Vaccination in Bombay 1924-1928 - 1924-1928
Year: 1924
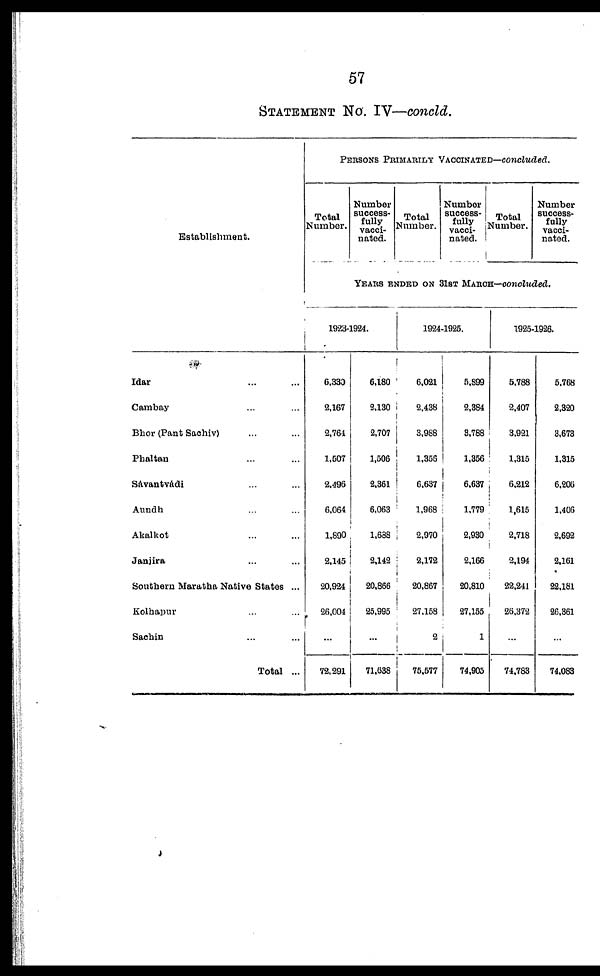
57
STATEMENT No. IV—concld.
Establishment.
Idar ... ...
Cambay ... ...
Bhor (Pant Sachiv) ... ...
Phaltan ... ...
Savantvadi ... ...
Aundh ... ...
Akalkot ... ...
Janjira ... ...
Southern Maratha Native States ...
Kolhapur ... ...
Sachin ... ...
Total ...
PERSONS PRIMARILY VACCINATED—concluded.
Total
Number.
Number
success-
fully
vacci-
nated.
Total
Number.
Number
success-
fully
vacci-
nated.
Total
Number.
Number
success-
fully
vacci-
nated.
YEARS ENDED ON 31ST MARCH—concluded.
1923-1924.
6,330
2,167
2,764
1,507
2,496
6,064
1,890
2,145
20,924
26,004
...
72,291
6,180
2,130
2,707
1,506
2,361
6,063
1,688
2,142
20,866
25,995
...
71,638
1924-1925.
6,021
2,438
3,988
1,356
6,637
1,968
2,970
2,172
20,867
27,158
2
75,577
5,899
2,384
3,788
1,356
6,637
1,779
2,930
2,166
20,810
27,155
1
74,905
1925-1926.
5,788
2,407
3,921
1,315
6,212
1,615
2,718
2,194
22,241
26,372
...
74,783
5,768
2,320
3,673
1,315
6,206
1,406
2,692
2,161
22,181
26,361
...
74,083